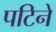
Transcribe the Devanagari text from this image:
पटिने